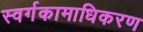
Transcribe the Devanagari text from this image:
स्वर्गकामाधिकरण